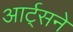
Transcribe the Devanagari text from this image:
आर्ट्‌सने